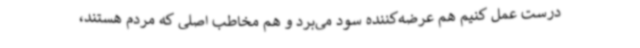
درست عمل کنیم هم عرضه‌کننده سود می‌برد و هم مخاطب اصلی که مردم هستند،